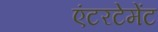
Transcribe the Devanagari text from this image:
एंटरटेमेंट